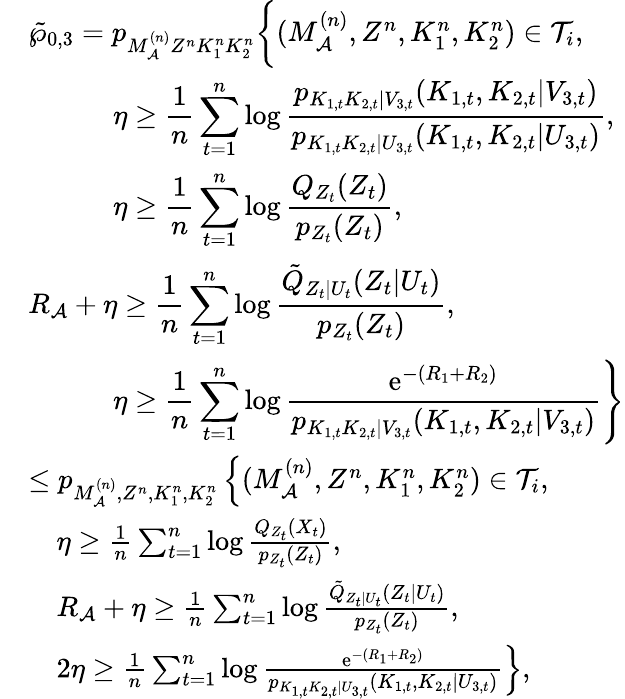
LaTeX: \begin{array}{rl}&{\tilde{\wp}_{0,3}=p_{M_{\cal A}^{(n)}Z^{n}K_{1}^{n}K_{2}^{n}}\biggl\{ (M_{\cal A}^{(n)},Z^{n},K_{1}^{n},K_{2}^{n})\in{\cal T}_{i},}\\ &{\qquad\quad\displaystyle\eta\geq\frac{1}{n}\sum_{t=1}^{n}\log\frac{p_{K_{1,t}K_{2,t}|V_{3,t}}(K_{1,t},K_{2,t}|V_{3,t})}{p_{K_{1,t}K_{2,t}|U_{3,t}}(K_{1,t},K_{2,t}|U_{3,t})},}\\ &{\qquad\quad\displaystyle\eta\geq\frac{1}{n}\sum_{t=1}^{n}\log\frac{Q_{Z_{t}}(Z_{t})}{p_{Z_{t}}(Z_{t})},}\\ &{\displaystyle R_{\cal A}+\eta\geq\frac{1}{n}\sum_{t=1}^{n}\log\frac{\tilde{Q}_{Z_{t}|U_{t}}(Z_{t}|U_{t})}{p_{Z_{t}}(Z_{t})},}\\ &{\qquad\quad\displaystyle\eta\geq\left.\frac{1}{n}\sum_{t=1}^{n}\log\frac{\mathrm{e}^{-(R_{1}+R_{2})}}{p_{K_{1,t}K_{2,t}|V_{3,t}}(K_{1,t},K_{2,t}|V_{3,t})}\right\} }\\ &{\leq p_{M_{\cal A}^{(n)},Z^{n},K_{1}^{n},K_{2}^{n}}\left\{ (M_{\cal A}^{(n)},Z^{n},K_{1}^{n},K_{2}^{n})\in{\cal T}_{i},\right.}\\ &{\quad\eta\geq\frac{1}{n}\sum_{t=1}^{n}\log\frac{Q_{Z_{t}}(X_{t})}{p_{Z_{t}}(Z_{t})},}\\ &{\quad R_{\cal A}+\eta\geq\frac{1}{n}\sum_{t=1}^{n}\log\frac{\tilde{Q}_{Z_{t}|U_{t}}(Z_{t}|U_{t})}{p_{Z_{t}}(Z_{t})},}\\ &{\quad 2\eta\geq\left.\frac{1}{n}\sum_{t=1}^{n}\log\frac{\mathrm{e}^{-(R_{1}+R_{2})}}{p_{K_{1,t}K_{2,t}|U_{3,t}}(K_{1,t},K_{2,t}|U_{3,t})}\right\} ,}\end{array}